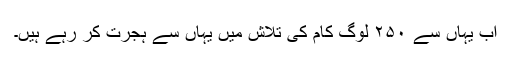
اب یہاں سے ۲۵۰ لوگ کام کی تلاش میں یہاں سے ہجرت کر رہے ہیں۔